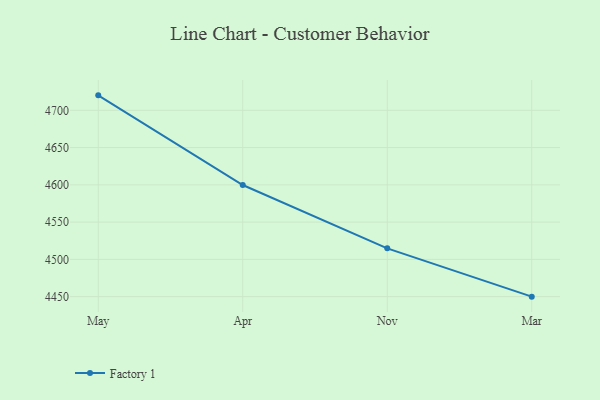
{"axis": {"x": "Month", "y": "Population (Million)"}, "legend": ["Factory 1"], "data": [{"x": "May", "y": 4720.1, "type": "Factory 1"}, {"x": "Apr", "y": 4599.8, "type": "Factory 1"}, {"x": "Nov", "y": 4514.8, "type": "Factory 1"}, {"x": "Mar", "y": 4450.0, "type": "Factory 1"}]}